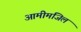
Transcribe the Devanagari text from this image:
आमीमंजिल